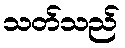
သတ်သည်